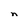
Character: n